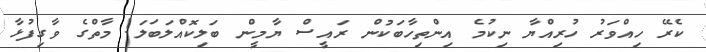
ކެރޭ ހިއްވަރު ހުރިއްޔާ ނިކުމެ އިންތިހާބަކުން ރައީސް ޔާމީން ބަލިކޮއްލަބަލަ! މާތްގެ ވާގިފުޅާ